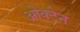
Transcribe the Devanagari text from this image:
ओक्टेन